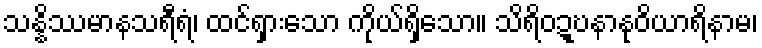
သန္နိဿမာနသရီရံ၊ ထင်ရှားသော ကိုယ်ရှိသော။ သိရိဝဍ္ဎနာနုဝိယာရိနာမ၊